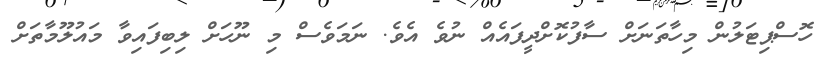
ހޮސްޕިޓަލުން މިހާތަނަށް ސާފުކޮށްދީފައެއް ނުވެ އެވެ. ނަމަވެސް މި ނޫހަށް ލިބިފައިވާ މައުލޫމާތަށް